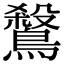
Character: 𪄅